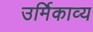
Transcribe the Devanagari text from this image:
उर्मिकाव्य